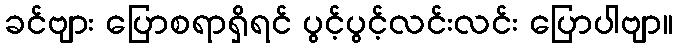
ခင်ဗျား ပြောစရာရှိရင် ပွင့်ပွင့်လင်းလင်း ပြောပါဗျာ။